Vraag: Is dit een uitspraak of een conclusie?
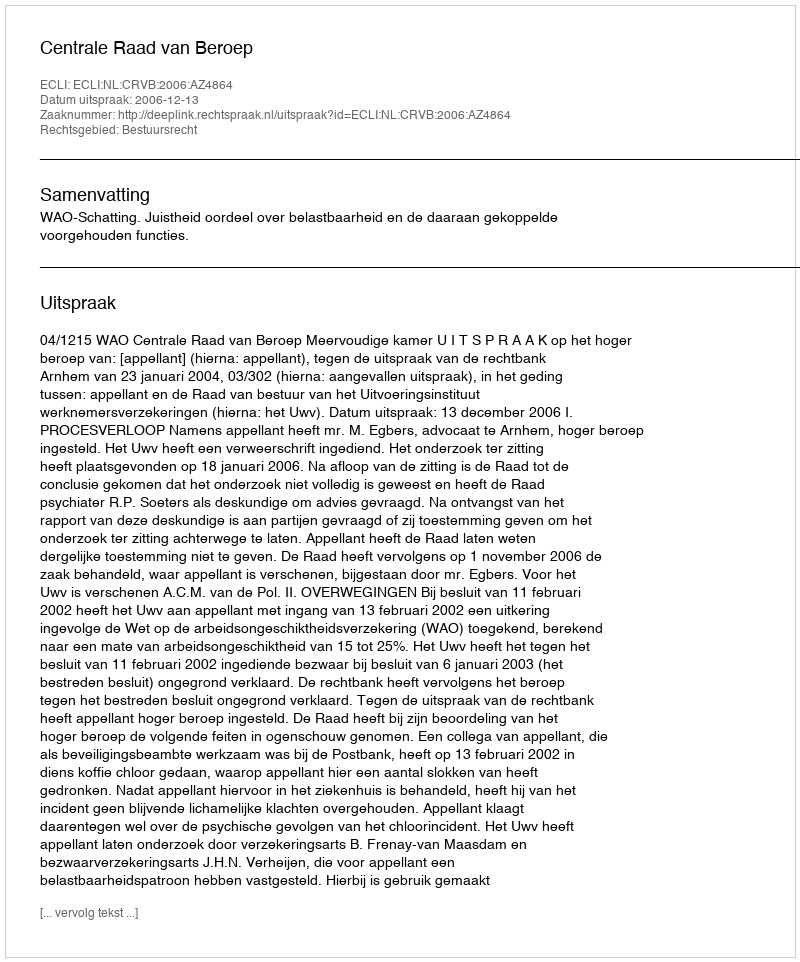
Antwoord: Uitspraak